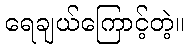
ရေချယ်ကြောင့်တဲ့။